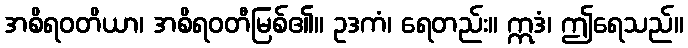
အစိရဝတိယာ၊ အစိရဝတီမြစ်၏။ ဥဒကံ၊ ရေတည်း။ ဣဒံ၊ ဤရေသည်။